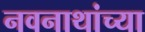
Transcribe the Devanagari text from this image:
नवनाथांच्या